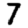
Digit: 7